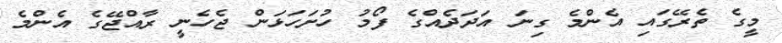
މީގެ ތެރޭގައި އެންމެ ގިނަ އަދަދެއްގެ ފޯމު ހުށަހަޅަން ޖެހެނީ ރާއްޖޭގެ އެންމެ